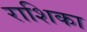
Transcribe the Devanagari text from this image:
राशिका